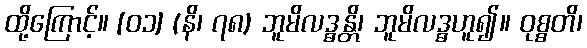
ထို့ကြောင့်။ [၀၁] (နိ၊ ၇၈) ဘူမိလဒ္ဓန္တိ၊ ဘူမိလဒ္ဓဟူ၍။ ဝုစ္စတိ၊